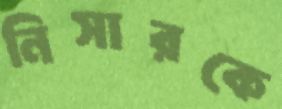
নিসারকে